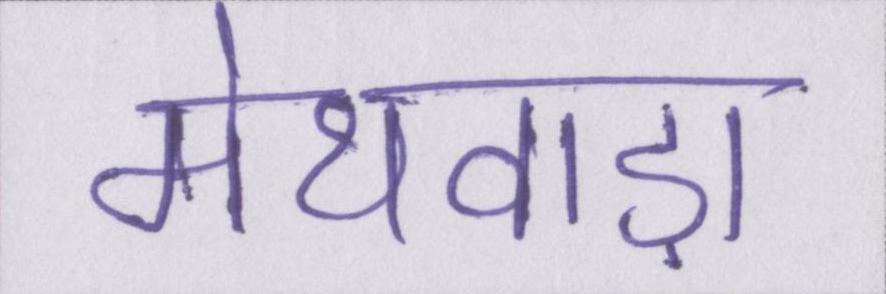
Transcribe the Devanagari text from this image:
मेथवाड़ा